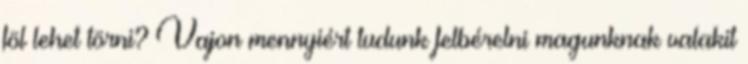
föl lehet törni? Vajon mennyiért tudunk felbérelni magunknak valakit